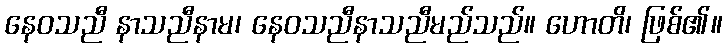
နေဝသညီ နာသညီနာမ၊ နေဝသညီနာသညီမည်သည်။ ဟောတိ၊ ဖြစ်၏။